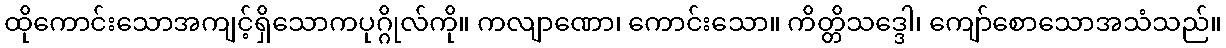
ထိုကောင်းသောအကျင့်ရှိသောကပုဂ္ဂိုလ်ကို။ ကလျာဏော၊ ကောင်းသော။ ကိတ္တိသဒ္ဒေါ၊ ကျော်စောသောအသံသည်။